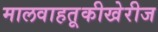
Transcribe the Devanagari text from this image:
मालवाहतूकीखेरीज